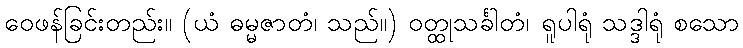
ဝေဖန်ခြင်းတည်း။ (ယံ ဓမ္မဇာတံ၊ သည်။) ဝတ္ထုသင်္ခါတံ၊ ရူပါရုံ သဒ္ဒါရုံ စသော